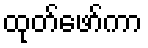
ထုတ်ဖော်ကာ